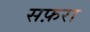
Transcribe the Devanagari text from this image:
सफ़रा